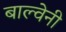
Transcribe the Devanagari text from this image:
बाल्वेनी